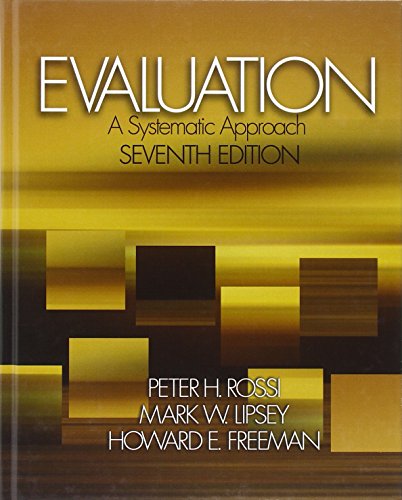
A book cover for Evaluation: A Systematic Approach, 7th Edition; Peter H. Rossi; Medical Books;